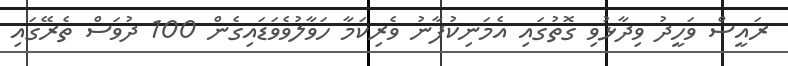
ރައީސް ވަހީދު ވިދާޅުވި ގޮތުގައި އެމަނިކުފާނު ވެރިކަމާ ހަވާލުވެވަޑައިގެން 100 ދުވަސް ތެރޭގައި